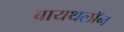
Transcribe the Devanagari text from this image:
बायथलॉन